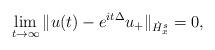
LaTeX: \begin{align*}\lim_{t\to\infty} \|u(t)-e^{it\Delta}u_+\|_{\dot H_x^s}=0,\end{align*}